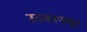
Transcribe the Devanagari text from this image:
उराकापासून